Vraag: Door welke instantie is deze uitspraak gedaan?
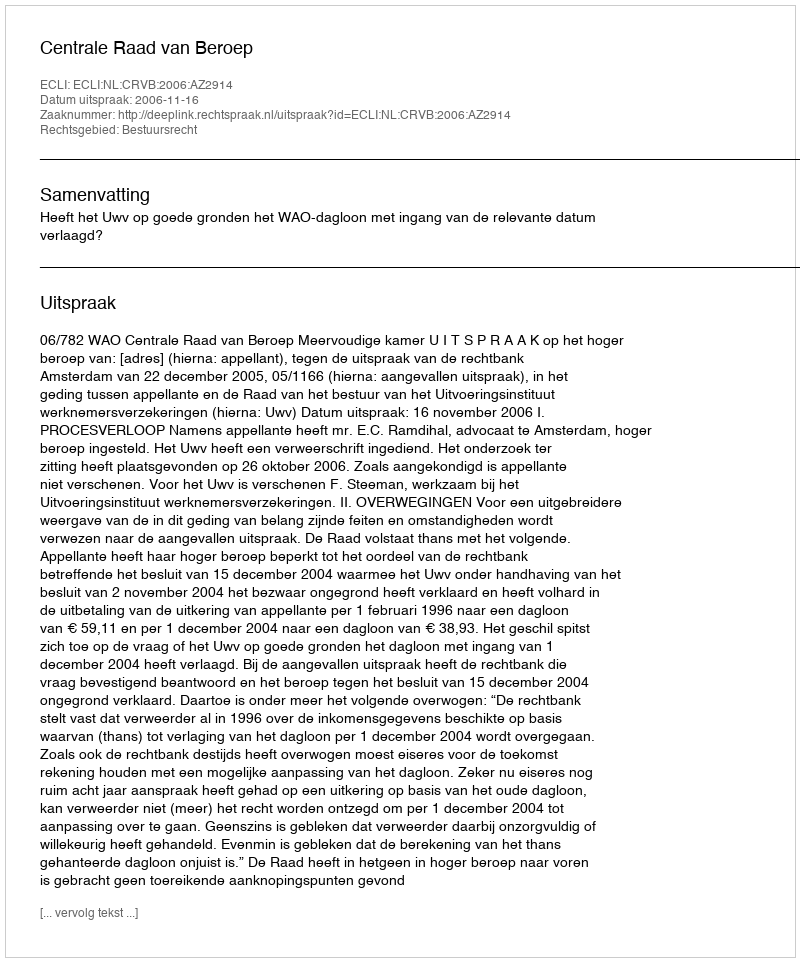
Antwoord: Centrale Raad van Beroep